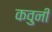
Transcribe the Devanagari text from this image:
कवुनी